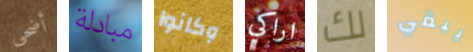
أضحى مبادلة وكانوا اراكي لك يبقي